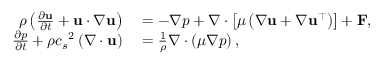
\begin{array} { r l } { \rho \left( \frac { \partial \mathbf { u } } { \partial t } + \mathbf { u } \cdot \nabla \mathbf { u } \right) } & { { } = - \nabla p + \nabla \cdot \left[ \mu \left( \nabla \mathbf { u } + \nabla \mathbf { u } ^ { \intercal } \right) \right] + \mathbf { F } , } \\ { \frac { \partial p } { \partial t } + \rho { c _ { s } } ^ { 2 } \left( \nabla \cdot \mathbf { u } \right) } & { { } = \frac { 1 } { \rho } \nabla \cdot \left( \mu \nabla p \right) , } \end{array}